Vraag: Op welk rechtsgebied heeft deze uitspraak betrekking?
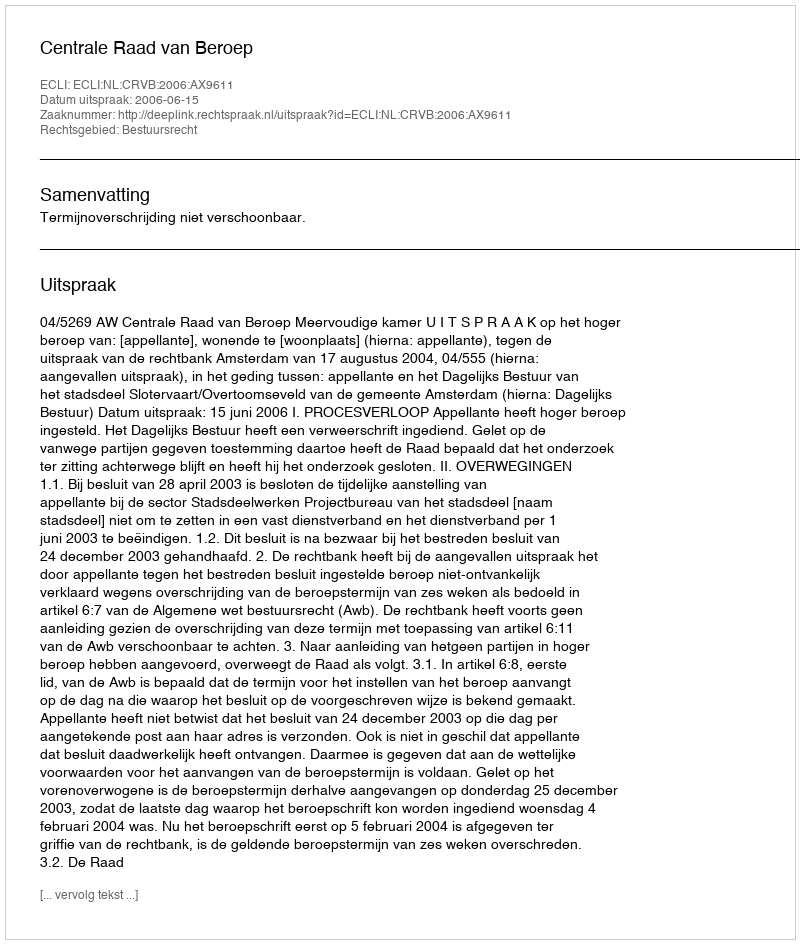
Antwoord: Bestuursrecht